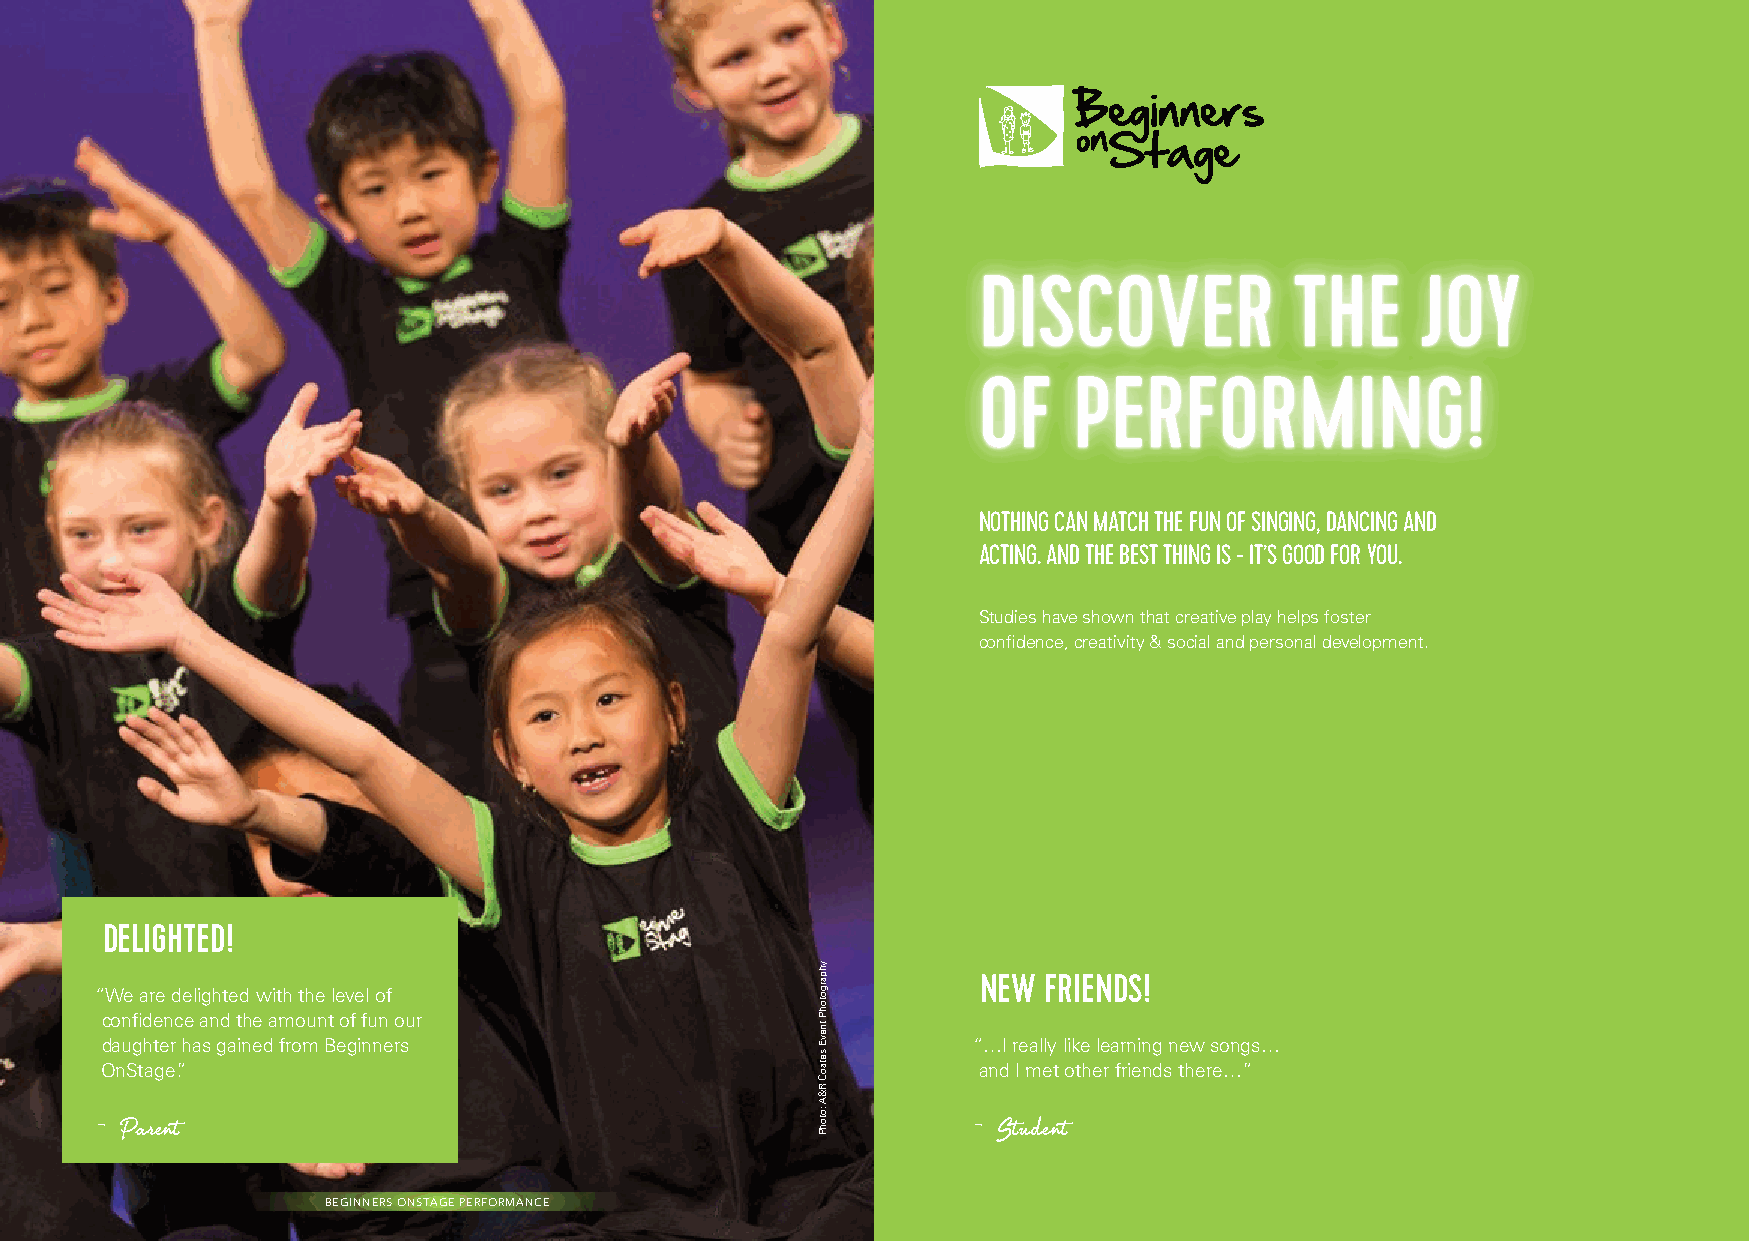
DISCOVER             THE     JOY
 OF    PERFORMING!
 NOTHING CAN MATCH THE FUN OF SINGING, DANCING AND
 ACTING. AND THE BEST THING IS - IT’S GOOD FOR YOU.
 Studies have shown that creative play helps foster
 confidence, creativity & social and personal development.
 DELIGHTED!
 NEW FRIENDS!
 “We are delighted with the level of
 confidence and the amount of fun our
 daughter has gained from Beginners                       “…I really like learning new songs…
 OnStage.”                                                 and I met other friends there…”
 - Parent                                                  - Student
 BEGINNERS ONSTAGE PERFORMANCE
 yhpargotohP
 tnevE
 setaoC
 R&A
 :otohP